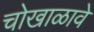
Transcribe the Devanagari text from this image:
चोखाळावे